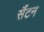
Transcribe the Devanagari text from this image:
सैंटन